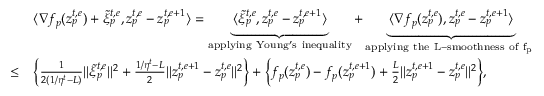
\begin{array} { r l } & { \langle \nabla f _ { p } ( z _ { p } ^ { t , e } ) + \tilde { \xi } _ { p } ^ { t , e } , z _ { p } ^ { t , e } - z _ { p } ^ { t , e + 1 } \rangle = \underbrace { \langle \tilde { \xi } _ { p } ^ { t , e } , z _ { p } ^ { t , e } - z _ { p } ^ { t , e + 1 } \rangle } _ { \mathrm { a p p l y i n g ~ Y o u n g ' s ~ i n e q u a l i t y } } + \underbrace { \langle \nabla f _ { p } ( z _ { p } ^ { t , e } ) , z _ { p } ^ { t , e } - z _ { p } ^ { t , e + 1 } \rangle } _ { \mathrm { a p p l y i n g ~ t h e ~ L - s m o o t h n e s s ~ o f ~ f _ p ~ } } } \\ { \leq } & { \Big \{ \frac { 1 } { 2 ( 1 / \eta ^ { t } - L ) } \| \tilde { \xi } _ { p } ^ { t , e } \| ^ { 2 } + \frac { 1 / \eta ^ { t } - L } { 2 } \| z _ { p } ^ { t , e + 1 } - z _ { p } ^ { t , e } \| ^ { 2 } \Big \} + \Big \{ f _ { p } ( z _ { p } ^ { t , e } ) - f _ { p } ( z _ { p } ^ { t , e + 1 } ) + \frac { L } { 2 } \| z _ { p } ^ { t , e + 1 } - z _ { p } ^ { t , e } \| ^ { 2 } \Big \} , } \end{array}